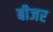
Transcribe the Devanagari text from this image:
बीजर